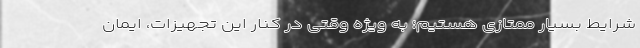
شرایط بسیار ممتازی هستیم؛ به ویژه وقتی در کنار این تجهیزات، ایمان